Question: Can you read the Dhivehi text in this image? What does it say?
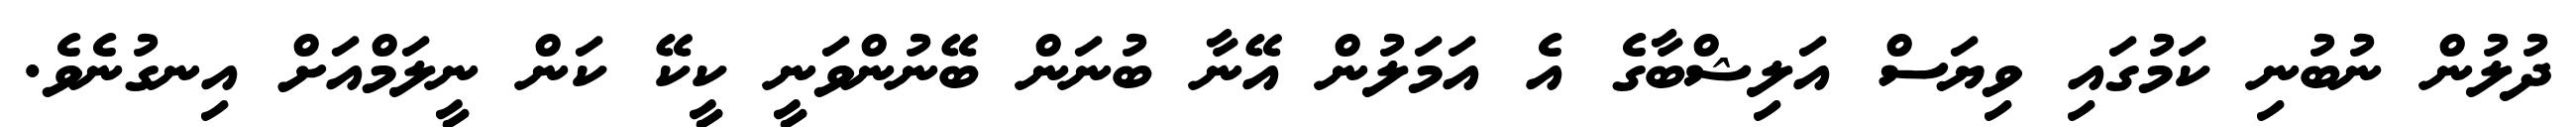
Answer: ދުލުން ނުބުނި ކަމުގައި ވިޔަސް އަލިޝްބާގެ އެ އަމަލުން އޭނާ ބުނަން ބޭނުންވަނީ ކީކޭ ކަން ނީލަމްއަށް އިނގުނެވެ.